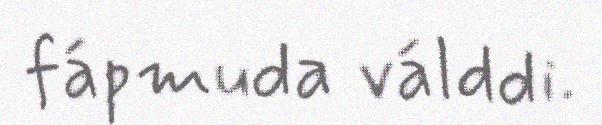
fápmuda válddi.